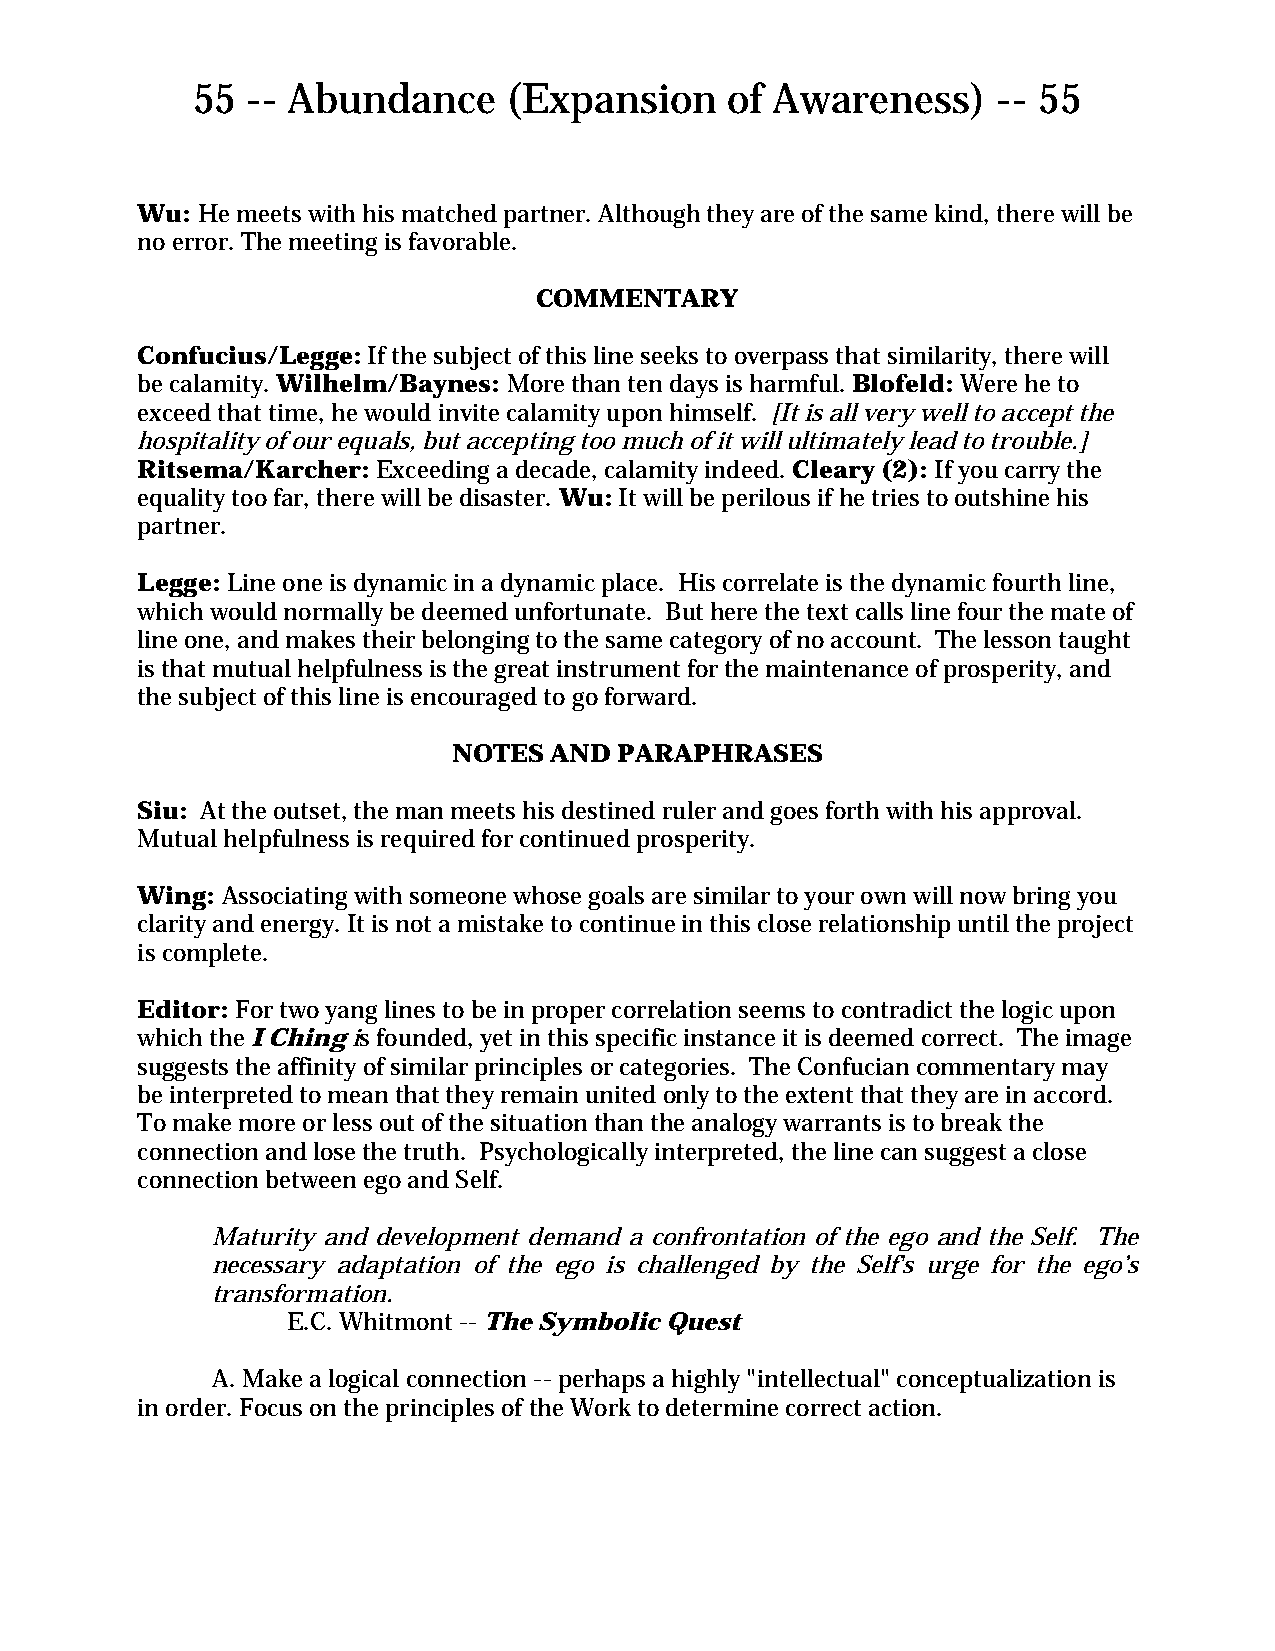
55 -- Abundance      (Expansion    of Awareness)     -- 55
 Wu: He meets with his matched partner. Although they are of the same kind, there will be
 no error. The meeting is favorable.
 COMMENTARY
 Confucius/Legge: If the subject of this line seeks to overpass that similarity, there will
 be calamity. Wilhelm/Baynes: More than ten days is harmful. Blofeld: Were he to
 exceed that time, he would invite calamity upon himself. [It is all very well to accept the
 hospitality of our equals, but accepting too much of it will ultimately lead to trouble.]
 Ritsema/Karcher: Exceeding a decade, calamity indeed. Cleary (2): If you carry the
 equality too far, there will be disaster. Wu: It will be perilous if he tries to outshine his
 partner.
 Legge: Line one is dynamic in a dynamic place. His correlate is the dynamic fourth line,
 which would normally be deemed unfortunate. But here the text calls line four the mate of
 line one, and makes their belonging to the same category of no account. The lesson taught
 is that mutual helpfulness is the great instrument for the maintenance of prosperity, and
 the subject of this line is encouraged to go forward.
 NOTES AND  PARAPHRASES
 Siu: At the outset, the man meets his destined ruler and goes forth with his approval.
 Mutual helpfulness is required for continued prosperity.
 Wing: Associating with someone whose goals are similar to your own will now bring you
 clarity and energy. It is not a mistake to continue in this close relationship until the project
 is complete.
 Editor: For two yang lines to be in proper correlation seems to contradict the logic upon
 which the I Ching is founded, yet in this specific instance it is deemed correct. The image
 suggests the affinity of similar principles or categories. The Confucian commentary may
 be interpreted to mean that they remain united only to the extent that they are in accord.
 To make more or less out of the situation than the analogy warrants is to break the
 connection and lose the truth. Psychologically interpreted, the line can suggest a close
 connection between ego and Self.
 Maturity and development demand a confrontation of the ego and the Self. The
 necessary adaptation of the ego is challenged by the Self's urge for the ego’s
 transformation.
 E.C. Whitmont -- The Symbolic Quest
 A. Make a logical connection -- perhaps a highly "intellectual" conceptualization is
 in order. Focus on the principles of the Work to determine correct action.